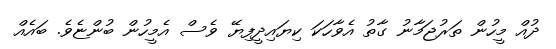
ދުއް މީހުން ތަރުޖަމާނު ގާތު އެވާހަކަ ކިޔައިދީފިޔޭ ވެސް އެމީހުން ބުންޏެވެ. ބައެއް